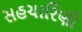
સહચારિણી